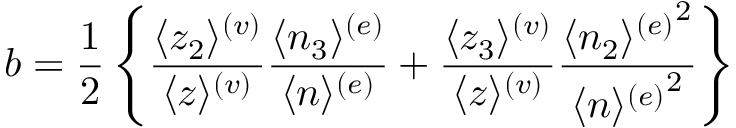
b = \frac { 1 } { 2 } \left\{ \frac { \langle z _ { 2 } \rangle ^ { ( v ) } } { \langle z \rangle ^ { ( v ) } } \frac { \langle n _ { 3 } \rangle ^ { ( e ) } } { \langle n \rangle ^ { ( e ) } } + \frac { \langle z _ { 3 } \rangle ^ { ( v ) } } { \langle z \rangle ^ { ( v ) } } \frac { { \langle n _ { 2 } \rangle ^ { ( e ) } } ^ { 2 } } { { \langle n \rangle ^ { ( e ) } } ^ { 2 } } \right\}